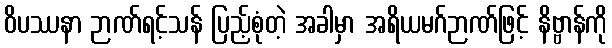
ဝိပဿနာ ဉာဏ်ရင့်သန် ပြည့်စုံတဲ့ အခါမှာ အရိယမဂ်ဉာဏ်ဖြင့် နိဗ္ဗာန်ကို